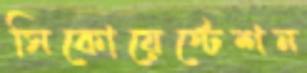
সিকোয়েস্টেশন